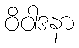
ဝိဝါဒနာ